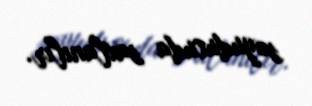
soyuducuda saxlanılır.